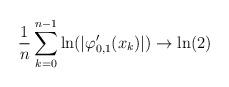
LaTeX: \begin{align*} \frac{1}{n}\sum_{k=0}^{n-1} \ln(\vert \varphi'_{0,1}(x_k)\vert) \to \ln(2) \end{align*}